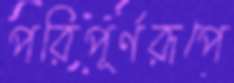
পরিপূর্ণরূপে